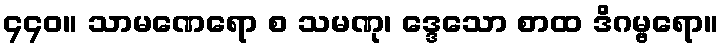
၄၄၀။ သာမဏေရော စ သမဏု၊ ဒ္ဒေသော စာထ ဒိဂမ္ဗရော။